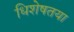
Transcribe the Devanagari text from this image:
धिशेषतया